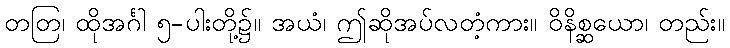
တတြ၊ ထိုအင်္ဂါ ၅-ပါးတို့၌။ အယံ၊ ဤဆိုအပ်လတံ့ကား။ ဝိနိစ္ဆယော၊ တည်း။